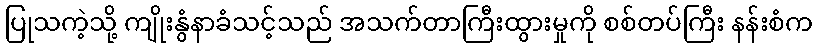
ပြုသကဲ့သို့ ကျိုးနွံနာခံသင့်သည် အသက်တာကြီးထွားမှုကို စစ်တပ်ကြီး နန်းစံက